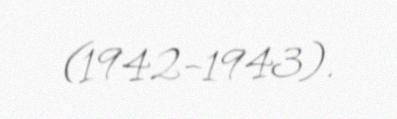
(1942–1943).